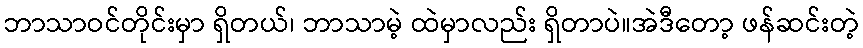
ဘာသာဝင်တိုင်းမှာ ရှိတယ်၊ ဘာသာမဲ့ ထဲမှာလည်း ရှိတာပဲ။အဲဒီတော့ ဖန်ဆင်းတဲ့